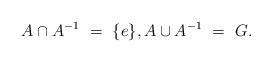
LaTeX: \begin{align*}A \cap A^{-1} \ = \ \{ e \}, A \cup A^{-1} \ = \ G.\end{align*}